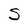
Character: S